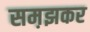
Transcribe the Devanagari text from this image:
सम़झकर